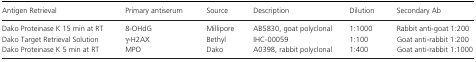
<table><thead><tr><td><b>Antigen Retrieval</b></td><td><b>Primary antiserum</b></td><td><b>Source</b></td><td><b>Description</b></td><td><b>Dilution</b></td><td><b>Secondary Ab</b></td></tr></thead><tbody><tr><td>Dako Proteinase K 15 min at RT</td><td>8‐OHdG</td><td>Millipore</td><td>AB5830, goat polyclonal</td><td>1:1000</td><td>Rabbit anti‐goat 1:200</td></tr><tr><td>Dako Target Retrieval Solution</td><td><i>γ</i>‐H2AX</td><td>Bethyl</td><td>IHC‐00059</td><td>1:100</td><td>Goat anti‐rabbit 1:200</td></tr><tr><td>Dako Proteinase K 5 min at RT</td><td>MPO</td><td>Dako</td><td>A0398, rabbit polyclonal</td><td>1:400</td><td>Goat anti‐rabbit 1:1000</td></tr></tbody></table>